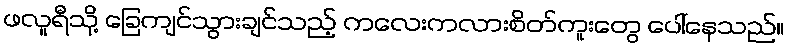
ဖလူရီသို့ ခြေကျင်သွားချင်သည့် ကလေးကလားစိတ်ကူးတွေ ပေါ်နေသည်။